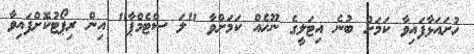
ހުށައަޅާފައިވާ ކަމަށް ބުނެ އިޓަލީގެ ނޫހެއް ކަމަށްވާ "ލަ ސްޓެމްޕާ" އިން ރިޕޯޓުކޮށްފައިވާ